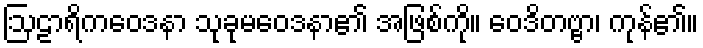
ဩဠာရိကဝေဒနာ သုခုမဝေဒနာ၏ အဖြစ်ကို။ ဝေဒိတဗ္ဗာ၊ ကုန်၏။